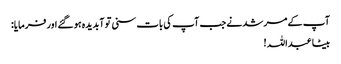
آپ کے مرشد نے جب آپ کی بات سنی تو آبدیدہ ہو گئے اور فرمایا:
بیٹا عبداللہ !